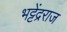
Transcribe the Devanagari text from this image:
भट्टेंद्रराज